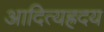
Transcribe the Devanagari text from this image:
आदित्यह्रदय